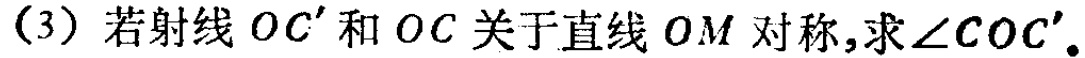
(3) 若射线 \(OC'\) 和 \(OC\) 关于直线 \(OM\) 对称,求\(\angle COC'\)。